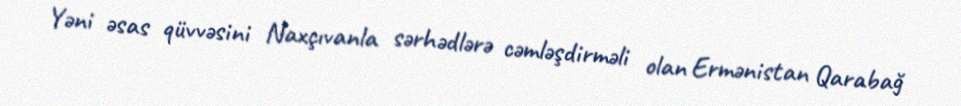
Yəni əsas qüvvəsini Naxçıvanla sərhədlərə cəmləşdirməli olan Ermənistan Qarabağ